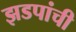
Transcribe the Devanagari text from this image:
झडपांची